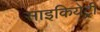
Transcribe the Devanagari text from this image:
साइकियेट्री